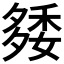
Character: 𥟿